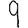
Digit: 9